DOW-UAP-D48, Department of the Air Force Report, 1996
Agency: Department of War
Incident date: 9/10/96
Page 10
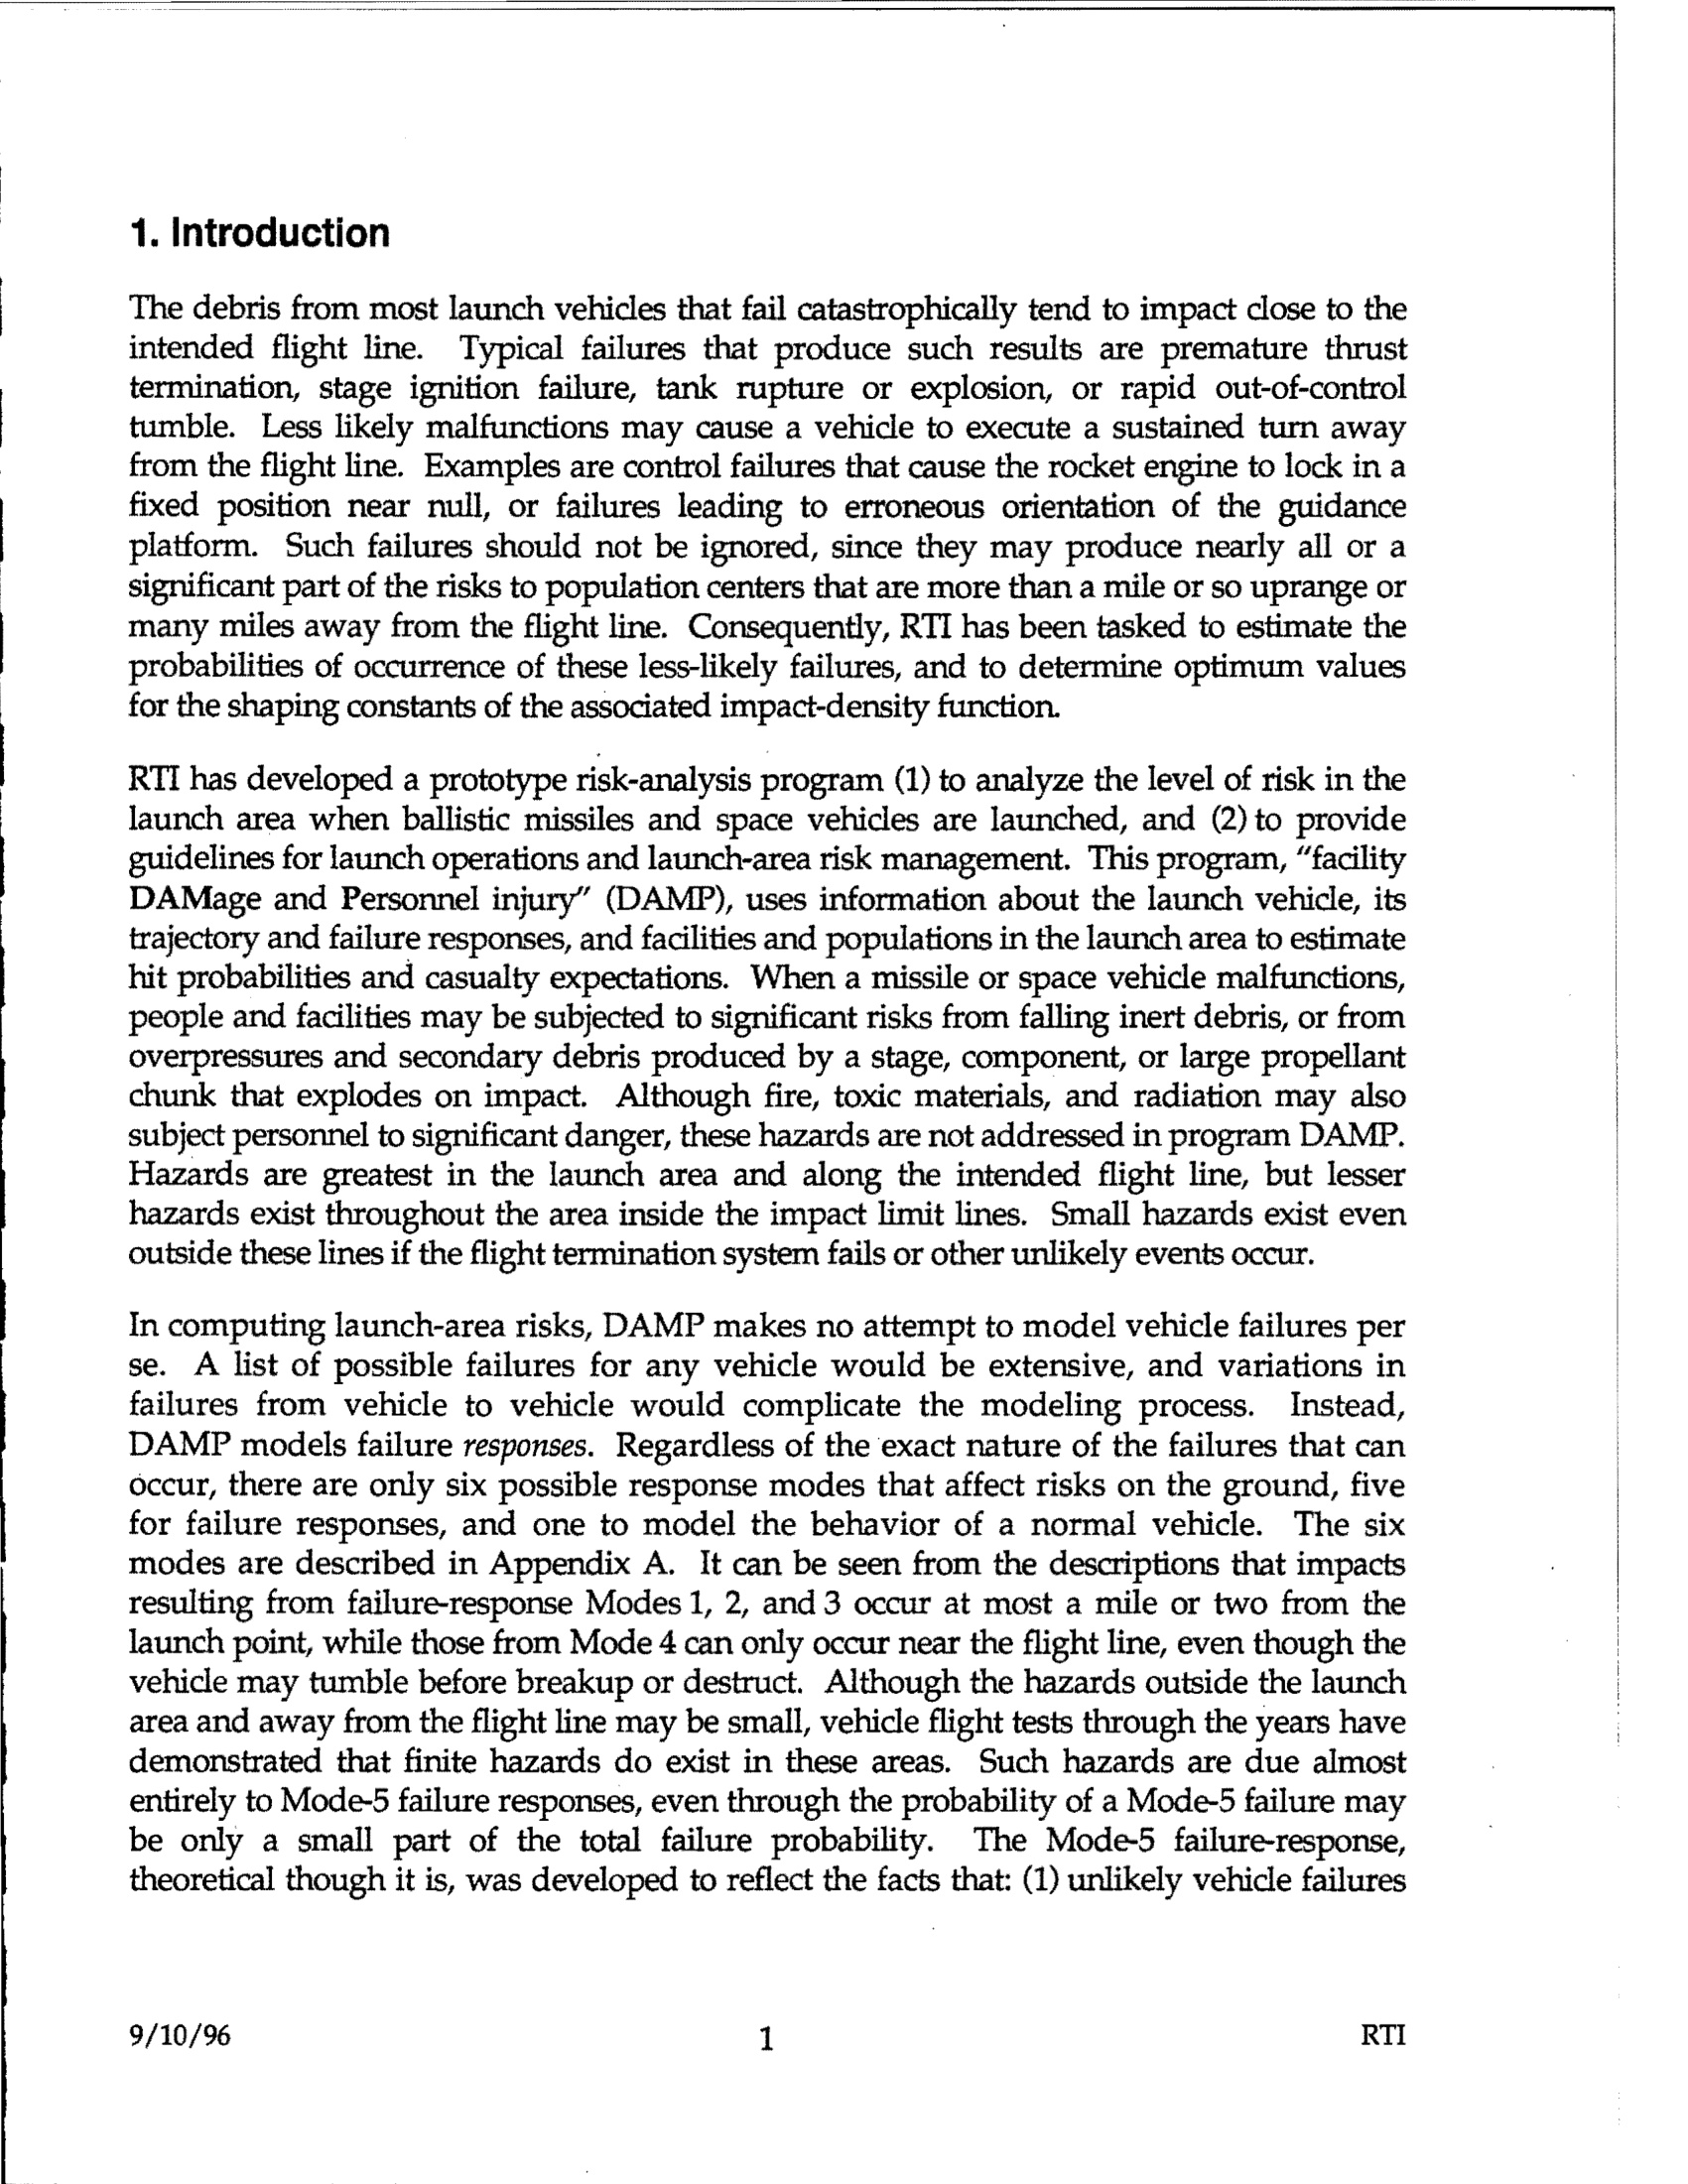